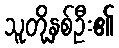
သူတို့နှစ်ဦး၏